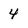
Character: 4